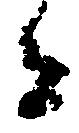
者